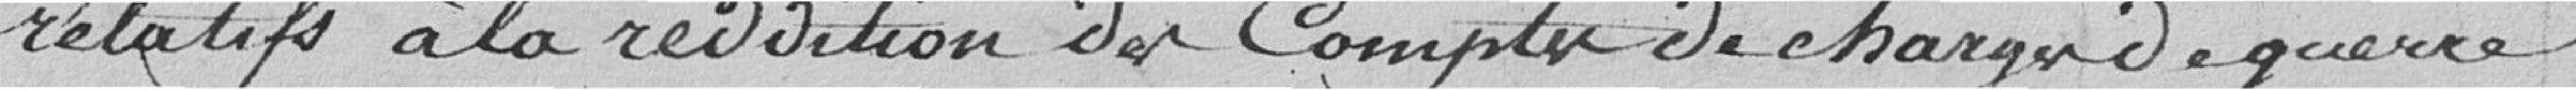
relatifs à la reddition des Comptes de charger de guerre